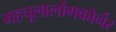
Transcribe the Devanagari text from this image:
महचूलालोंगकोर्नर